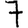
Digit: 7